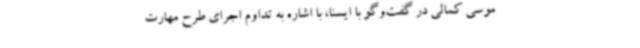
موسی کمالی در گفت‌وگو با ایسنا، با اشاره به تداوم اجرای طرح مهارت